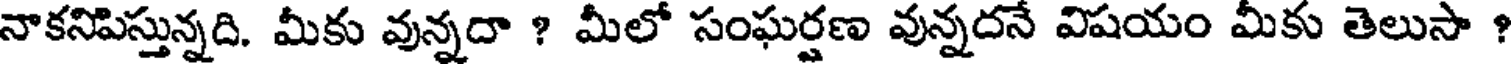
నాకనిపిస్తున్నది. మీకు వున్నదా ? మీలో సంఘర్షణ వున్నదనే విషయం మీకు తెలుసా ?